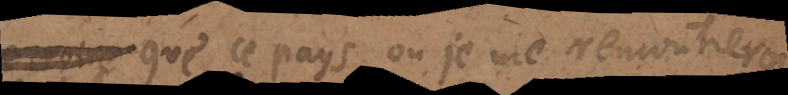
que ce pays où je me rencontrerois